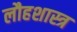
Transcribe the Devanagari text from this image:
लौहशास्त्र